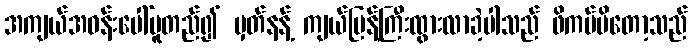
အကျယ်အဝန်းပေါ်မူတည်၍ မှတ်နန့် ကျယ်ပြန့်ကြီးထွားလာခဲ့ပါသည် ဖိကပ်မိတော့သည်